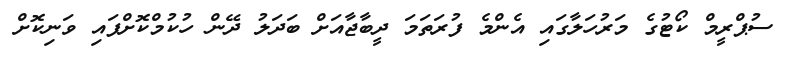
ސުޕްރީމް ކޯޓުގެ މަރުހަލާގައި އެންމެ ފުރަތަމަ ދީބާޖާއަށް ބަދަލު ދޭން ހުކުމްކޮށްފައި ވަނިކޮށް